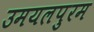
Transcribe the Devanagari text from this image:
उमयलपुरम